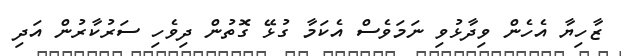
ޒާހިޔާ އެހެން ވިދާޅުވި ނަމަވެސް އެކަމާ ގުޅޭ ގޮތުން ދިވެހި ސަރުކާރުން އަދި